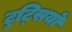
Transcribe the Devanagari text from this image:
टुट्सियों